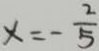
x = - \frac { 2 } { 5 }